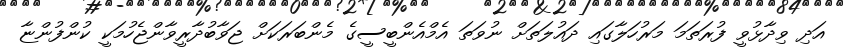
އަދި ވިދާޅުވީ ފުރަތަމަ މަރުހަލާގައި ދައުލަތަށް ނުވަތަ އެމްއެންބީސީގެ މެންބަރަކަށް ޖަވާބުދާރީވާންޖެހުމަކީ ކުންފުންޏާ